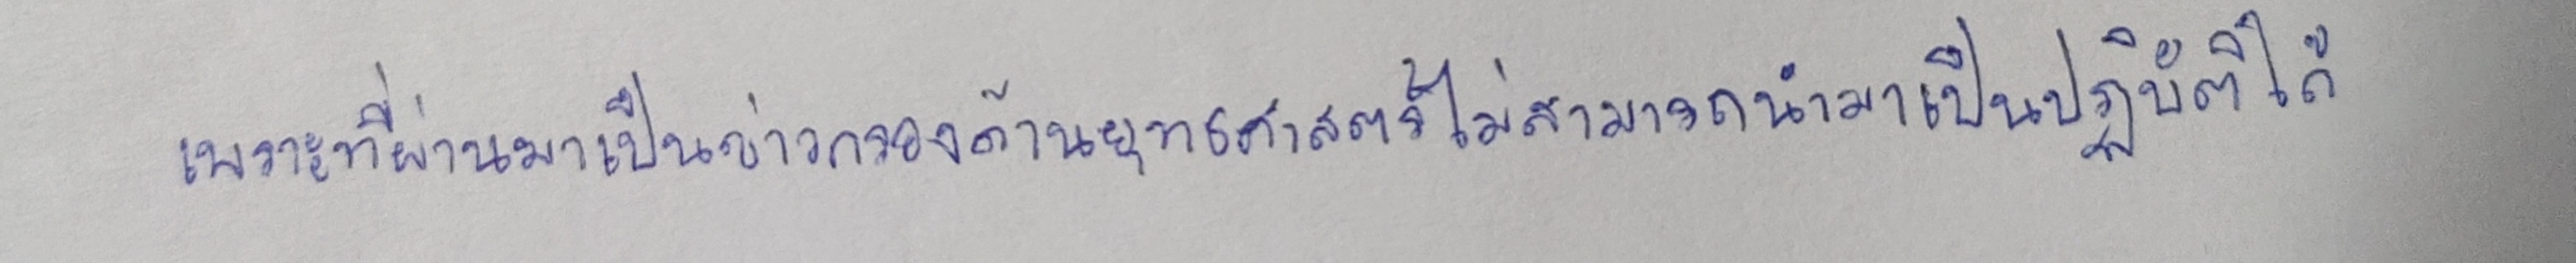
เพราะที่ผ่านมาเป็นข่าวกรองด้านยุทธศาสตร์ไม่สามารถนำมาเป็นปฏิบัติได้